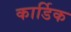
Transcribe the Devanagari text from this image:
कार्डिक